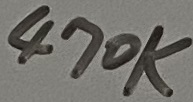
Text: 470K